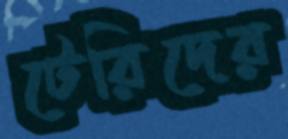
টেরিদের